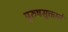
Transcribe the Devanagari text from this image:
पुरुषसूक्ताने